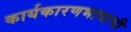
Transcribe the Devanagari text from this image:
कार्यकारणभावाची